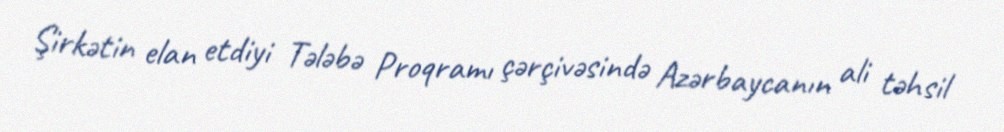
Şirkətin elan etdiyi Tələbə Proqramı çərçivəsində Azərbaycanın ali təhsil